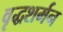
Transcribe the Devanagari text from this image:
वृद्धशर्मन